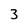
Character: 3